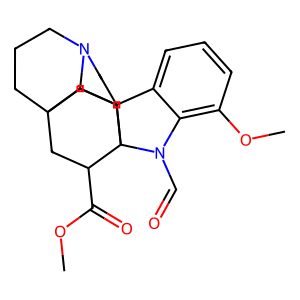
SMILES: COC(=O)C1CC23CCCN4CCC5(c6cccc(OC)c6N(C=O)C15CC2)C43
Inhibits HIV replication: No